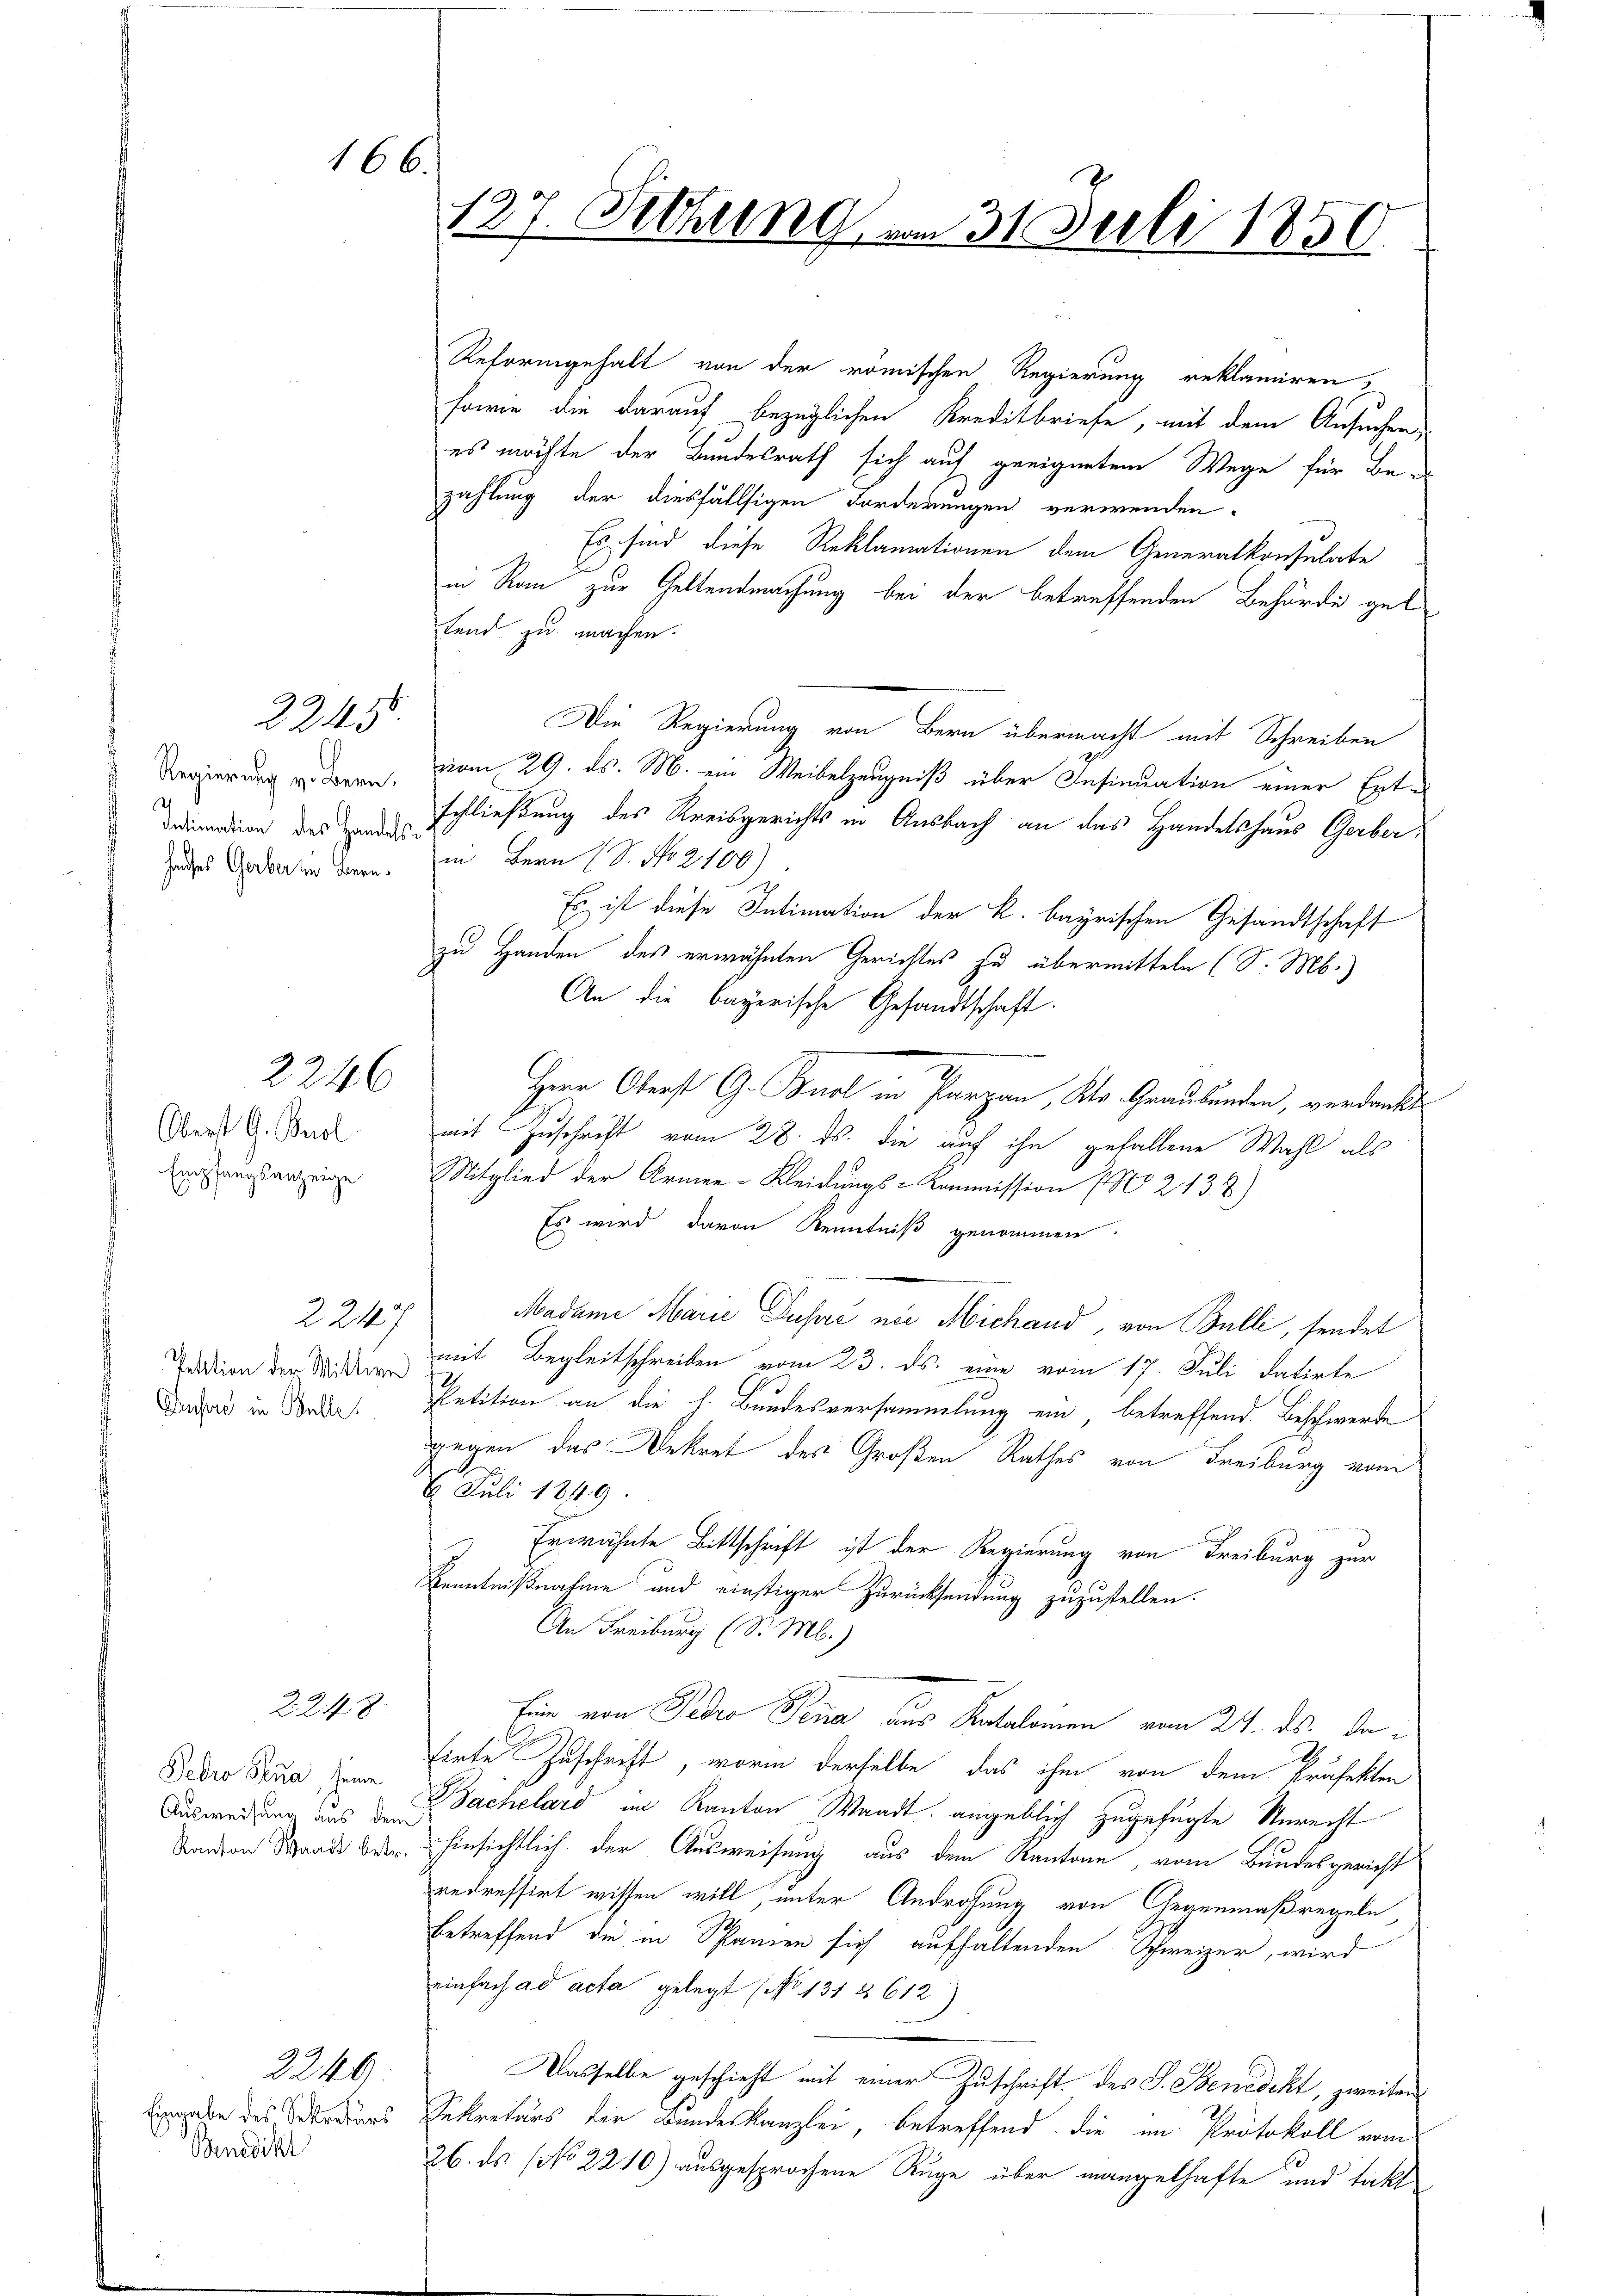
166.

Regierung v. Bern,
d
Intimation des Handelshauses Gerber im Bern.

Oberst G. Bnol.
Empfangsanzeige

2245

2246

2247
Pektion der Wittwe

2248.

Pedro Sena, seine
Ausweisung aus dem
Kanton Waadt betr.

Eingabe des Sekretärs
Benedikt

2246

t

f

127. Fethung am 31. Juli 1850.

Reformgehalt von der römischen Regierung reklamiren,
sowie die darauf bezüglichen Kreditbriefe, mit dem Ansuchen,
es möchte der Bundesrath sich auf geeignetem Wege für Bezahlung der diesfällsigen Forderungen verwenden.
Es sind diese Reklamationen dem Generalkonsulate
in Rain zur Geltendmachung bei der betreffenden Behörde get
tend zu machen.
Die Regierung von Bern übermacht mit Schreiben
vom 29. ds. M. ein Weibelzeugniß über Insinuation einer Erte
schließung des Kreisgerichts in Ausbach an das Handelshaus Gerber,
in Bern (S. No 2100)
Es ist diese Intimation der k. bayrischen Gesandtschaft
zu Handen des erwähnten Gerichtes zu übermitteln (S. Mb.)
An die bayerische Gesandtschaft.
Herr Oberst G. Burl in Parzen, Kts. Graubünden, verdankt
mit Zuschrift vom 28. ds. die auf ihn gefallene Wahl als
Mitglied der Armee-Kleidungs-Kommission (No 2438)
Es wird davon Kenntniß genommen.
Madame Marie Pusić nie Michand, von Bulli, sendet
mit Begleitschreiben vom 23. ds. eine vom 17. Juli datirte
Dasar in Sonder Petition an die h. Bundesversammlung ein, betreffend Beschwerde
gegen das Dekret des Großen Rathes von Freiburg vom
4 Juli 1849.
Erwähnte Bittschrift ist der Regierung von Freiburg zur
Kenntnißnahme und einstiger Zurücksendung zuzustellen.
An Freiburg (S. M.)
Ein von Pero Sena aus Katalomen vom 24. ds. da
.
tirte Zuschrift, worin derselbe das ihm von dem Präfekten
Bächelard im Kanton Waadt angeblich zugefügte Unrecht
hinsichtlich der Ausweisung aus dem Kantone, vom Bundesgericht
redressirt wissen will, unter Androhung von Gegenmaßregeln
betreffend die in Spanien sich aufhaltenden Schweizer, wird
einfach ad acta gelegt (No 131 § 612)
Dasselbe geschieht mit einer Zuschrift des S. Benedekt, zweiten
Sekretärs der Bundeskanzlei, betreffend die im Protokoll vom
26. ds. (No 2210) ausgesprochene Ruge über mangelhafte und takt